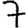
Digit: 7